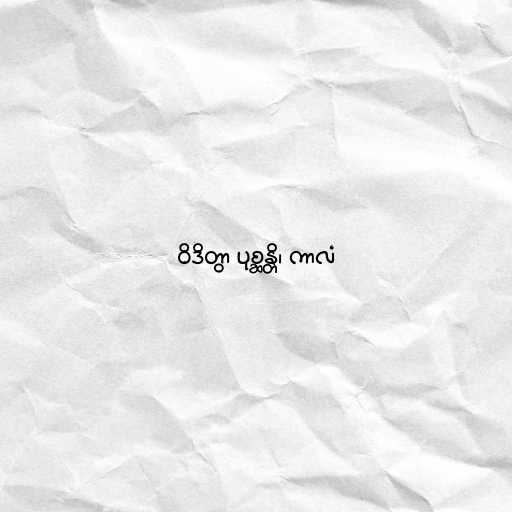
ဝိဒိတွာ ပုစ္ဆန္တိ၊ ကာလံ